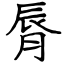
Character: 脣